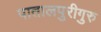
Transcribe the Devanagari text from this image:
पातालपुरीगुरु